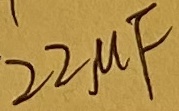
Text: 22µF